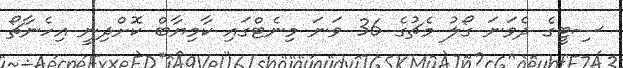
ސިޓީގެ ދެވަނަ ގޯލު މެޗުގެ 36 ވަނަ މިނެޓްގައި ކާމިޔާބް ކޮށްދިނީ އިހެނާޗޯ